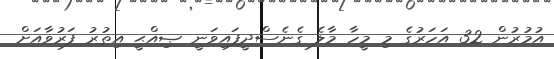
އުމުރުން 32 އަހަރުގެ މި މީހާ މާލެ ގެނެސްދީފައިވަނީ ޞިއްޙީ އިތުރު ފަރުވާއަށް